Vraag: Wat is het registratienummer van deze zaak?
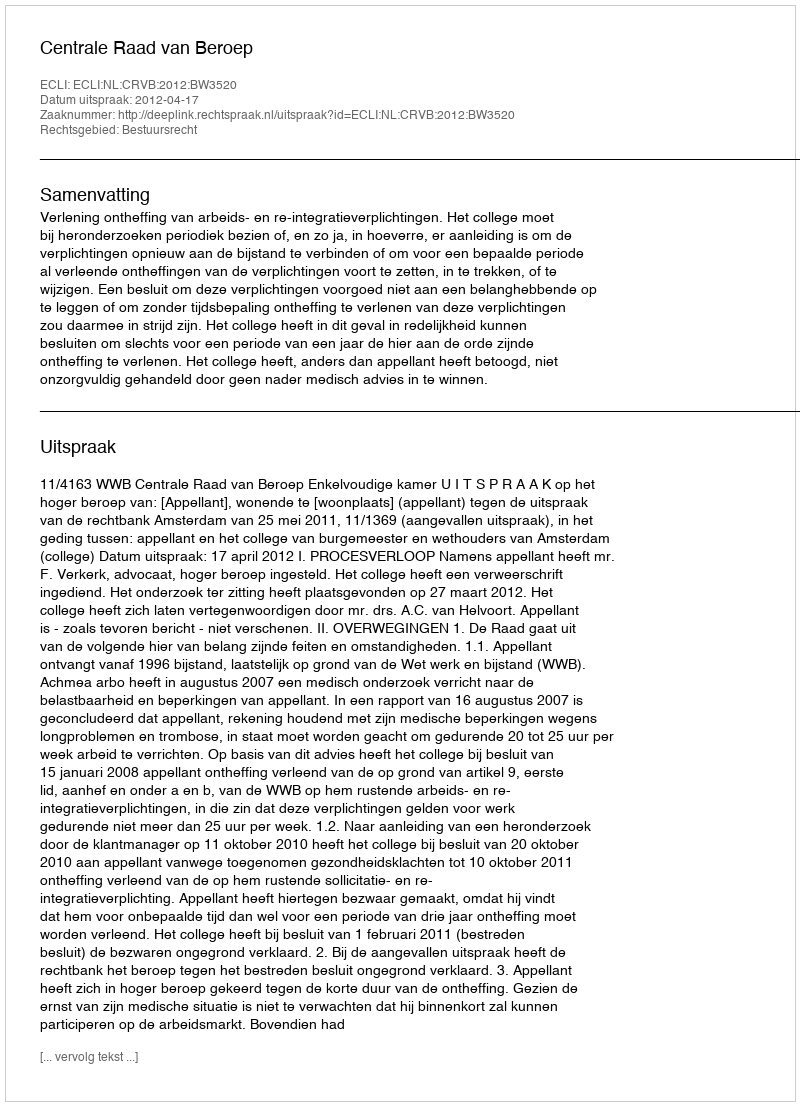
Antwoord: http://deeplink.rechtspraak.nl/uitspraak?id=ECLI:NL:CRVB:2012:BW3520